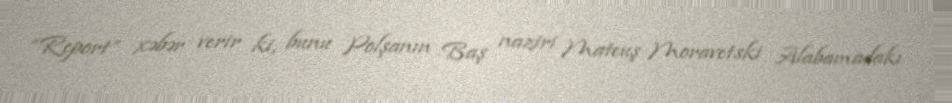
“Report” xəbər verir ki, bunu Polşanın Baş naziri Mateuş Moravetski Alabamadakı